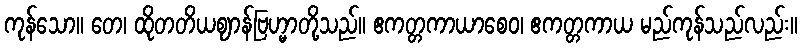
ကုန်သော။ တေ၊ ထိုတတိယဈာန်ဗြဟ္မာတို့သည်။ ဧကတ္တကာယာစေဝ၊ ဧကတ္တကာယ မည်ကုန်သည်လည်း။